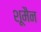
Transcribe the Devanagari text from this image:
शूमैन